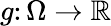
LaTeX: g\colon\Omega\to{\mathbb{R}}